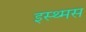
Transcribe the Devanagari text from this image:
इस्थ्मस